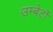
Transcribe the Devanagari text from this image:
उम्बेर्टो